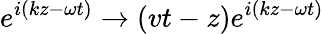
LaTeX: e^{i\left(kz-\omega t\right)}\rightarrow\left(vt-z\right)e^{i\left(kz-\omega t\right)}